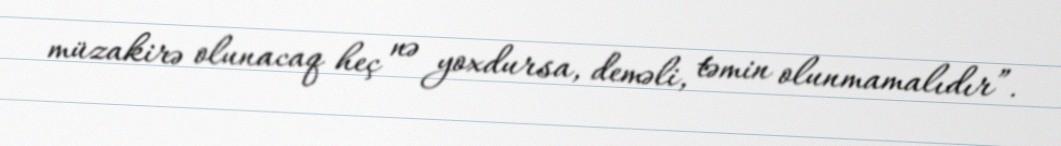
müzakirə olunacaq heç nə yoxdursa, deməli, təmin olunmamalıdır”.